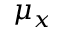
\mu _ { x }